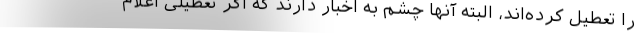
را تعطیل کرده‌اند، البته آنها چشم به اخبار دارند که اگر تعطیلی اعلام